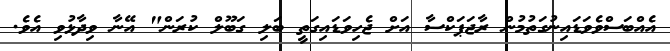
އެއްބަސްވެވަޑައިނުގަތުމުން ރާޖަޕަކްސާ އަށް ޖެހިވަޑައިގަތީ ބަލި ގަބޫލް ކުރަން" އޭނާ ވިދާޅުވި އެވެ.